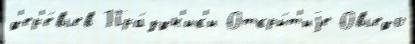
д'ер'е́вьев Пра́здн'ик'и Откры́т'иjе Овьедо